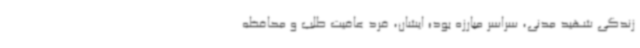
زندگی‌ شهید مدنی، سراسر مبارزه بود؛ ایشان، فرد عافیت طلب و محافظه